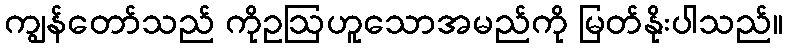
ကျွန်တော်သည် ကိုဥဩဟူသောအမည်ကို မြတ်နိုးပါသည်။